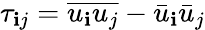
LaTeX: {\tau_{\mathbf{i}j}}=\overline{{{{u_{\mathbf{i}}}{u_{j}}}}}-{{\bar{{u}}}_{\mathbf{i}}}{{\bar{{u}}}_{j}}